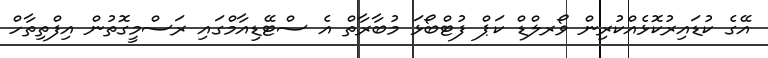
އޭގެ ކުޑައިރުކޮޅެއްކުރިން ވޯރލްޑް ކަޕް ފުޓްބޯޅަ މުބާރާތް އެ ސްޓޭޑިއާމްގައި ރަސްމީގޮތުން އިފްތިތާހް